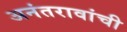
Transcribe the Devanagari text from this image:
अनंतरावांची